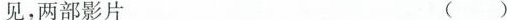
见，两部影片 ( )